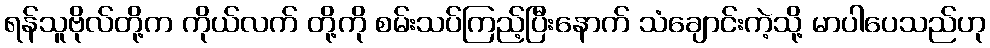
ရန်သူဗိုလ်တို့က ကိုယ်လက် တို့ကို စမ်းသပ်ကြည့်ပြီးနောက် သံချောင်းကဲ့သို့ မာပါပေသည်ဟု